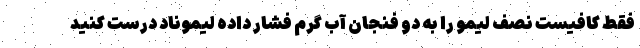
فقط کافیست نصف لیمو را به دو فنجان آب گرم فشار داده لیموناد درست کنید